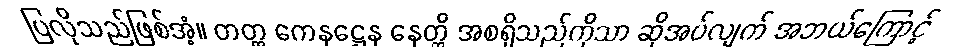
ပြလိုသည်ဖြစ်အံ့။ တတ္ထ ကေနဋ္ဌေန နေတ္တိ အစရှိသည်ကိုသာ ဆိုအပ်လျက် အဘယ်ကြောင့်